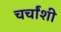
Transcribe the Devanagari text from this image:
चर्चांशी